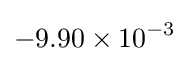
-9.90\times 10^{-3}